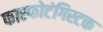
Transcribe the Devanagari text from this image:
फास्फोटंगिस्टक